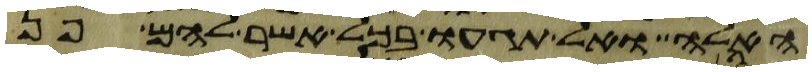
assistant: האלה ואל תגעו בכל אשר להם פן